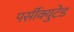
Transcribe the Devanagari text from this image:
पर्सीक्युटेड